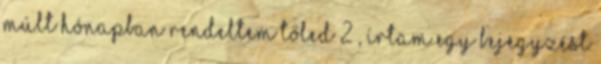
Múlt hónapban rendeltem tőled 2 , írtam egy bejegyzést